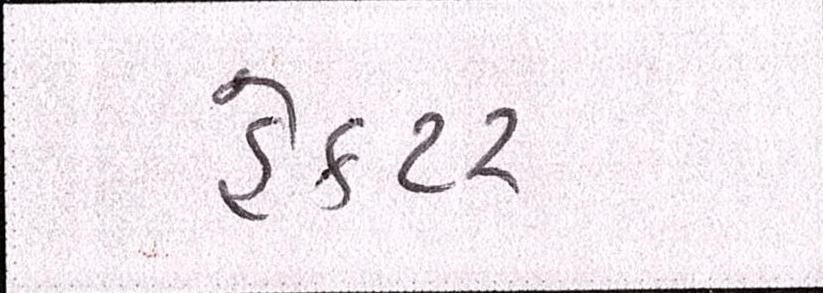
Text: હેક્ટર